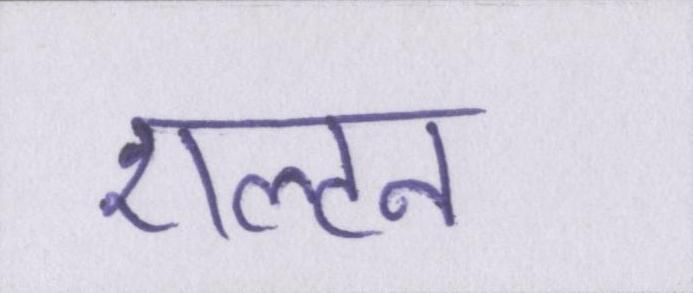
एल्टन